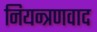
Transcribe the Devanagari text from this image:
नियन्त्रणवाद